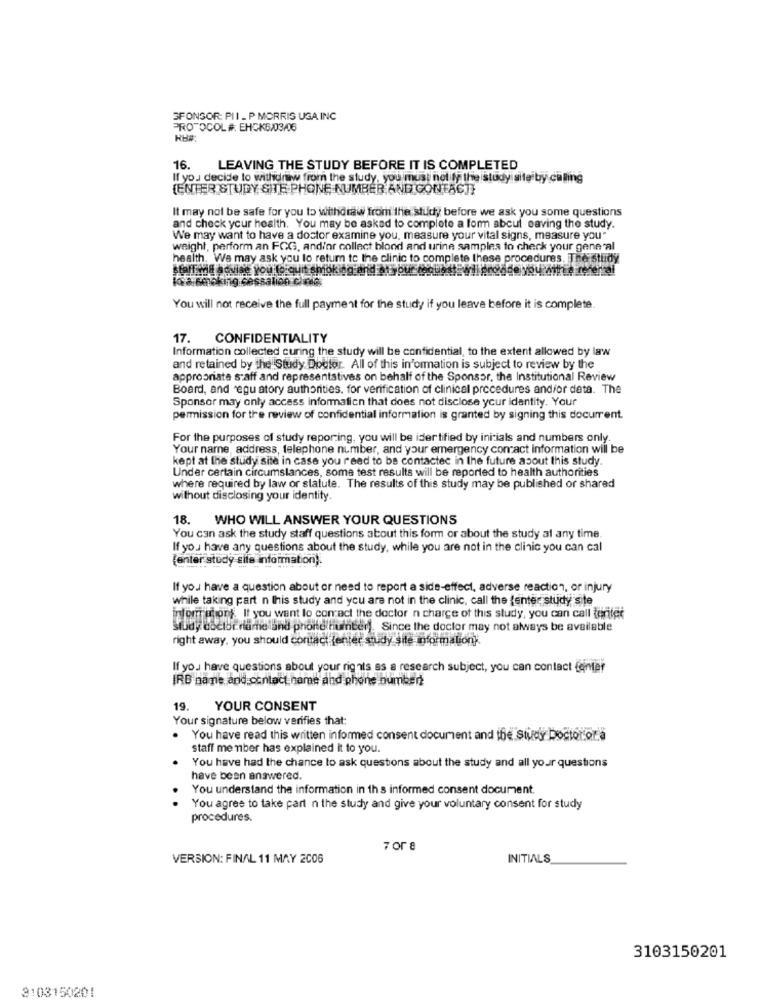
SPONSOR: PII _ P MORRIS USA INC
PROTOCOL #. EHCK6/03/06
RH#:
16.
LEAVING THE STUDY BEFORE IT IS COMPLETED
If you decide to withdraw from the study, you must not ity the study site by calling
{ENTER STUDY SITE PHONE NUMBER AND CONTACT}
It may not be safe for you to withdraw from the study before we ask you some questions
and check your health. You may be asked to complete a form abcut saving the study.
We may want to have a doctor examine you, measure your vital signs, measure you"
weight, perform an FOG, and/or collect blood and urine samples to check your gene al
health. We may ask you to return to the clinic to complete these procedures. The study
staffing advise you to quit smoking and at your musst wil proddo youraithe-referal
Koca Smoking cessation cloud
You will not receive the full payment for the study if you leave before it is complete.
17. CONFIDENTIALITY
Information collected curing the study will be confidential, to the extent allowed by law
and retained by the Study Doutor. All of this information is subject to review by the
appropriate staff and representatives on behalf of the Sponsor, the Institutional Review
Board, and regu atory authorities. for verification of clinical procedures and/or deta. The
Sponsor may only access information that does not disclose your identity. Your
permission for the review of confidential information is granted by signing this document.
For the purposes of study reporting, you will be ider tified by initials and numbers only.
Your name, address, telephone number, and your emergency contact information will be
kept at the study site in case you read to be contactec in the future asout this study.
Under certain circumstances, some test results will be reported to health authorities
where required by law or statute. The results of this study may be published or shared
without disclosing your identity.
18. WHO WILL ANSWER YOUR QUESTIONS
You can ask the study staff questions about this form or about the study al any time.
If you have any questions about the study, while you are not in the clinic you can cal
[enter study site information).
If you have a question about or need to report a side-effect, adverse reaction, or injury
while taking part n this study and you are not in the clinic, call the (enter study ste
infom thong. It you want lo contact the doctor n charge of this study, you can call toriter
Study doctor name and phone huinter. Since the doctor may not always be available
right away, you should contact jenter study site informationk.
If you have questions about your rights as a research subject, you can contact femter
IRB nane and contact name And phone bumbert
19. YOUR CONSENT
Your signature below verifies that:
You have read this written informed consent document and the Study Doctor.ota
staff member has explained it to you.
You have had the chance to ask questions about the study and all your questions
have been answered.
You understand the information in th s informed consent document.
You agree to take part n the study and give your voluntary consent for study
procedures.
7 or 8
VERSION: FINAL 11 MAY 2006
INITIALS
3103150201
3103150201